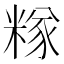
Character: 𥻖